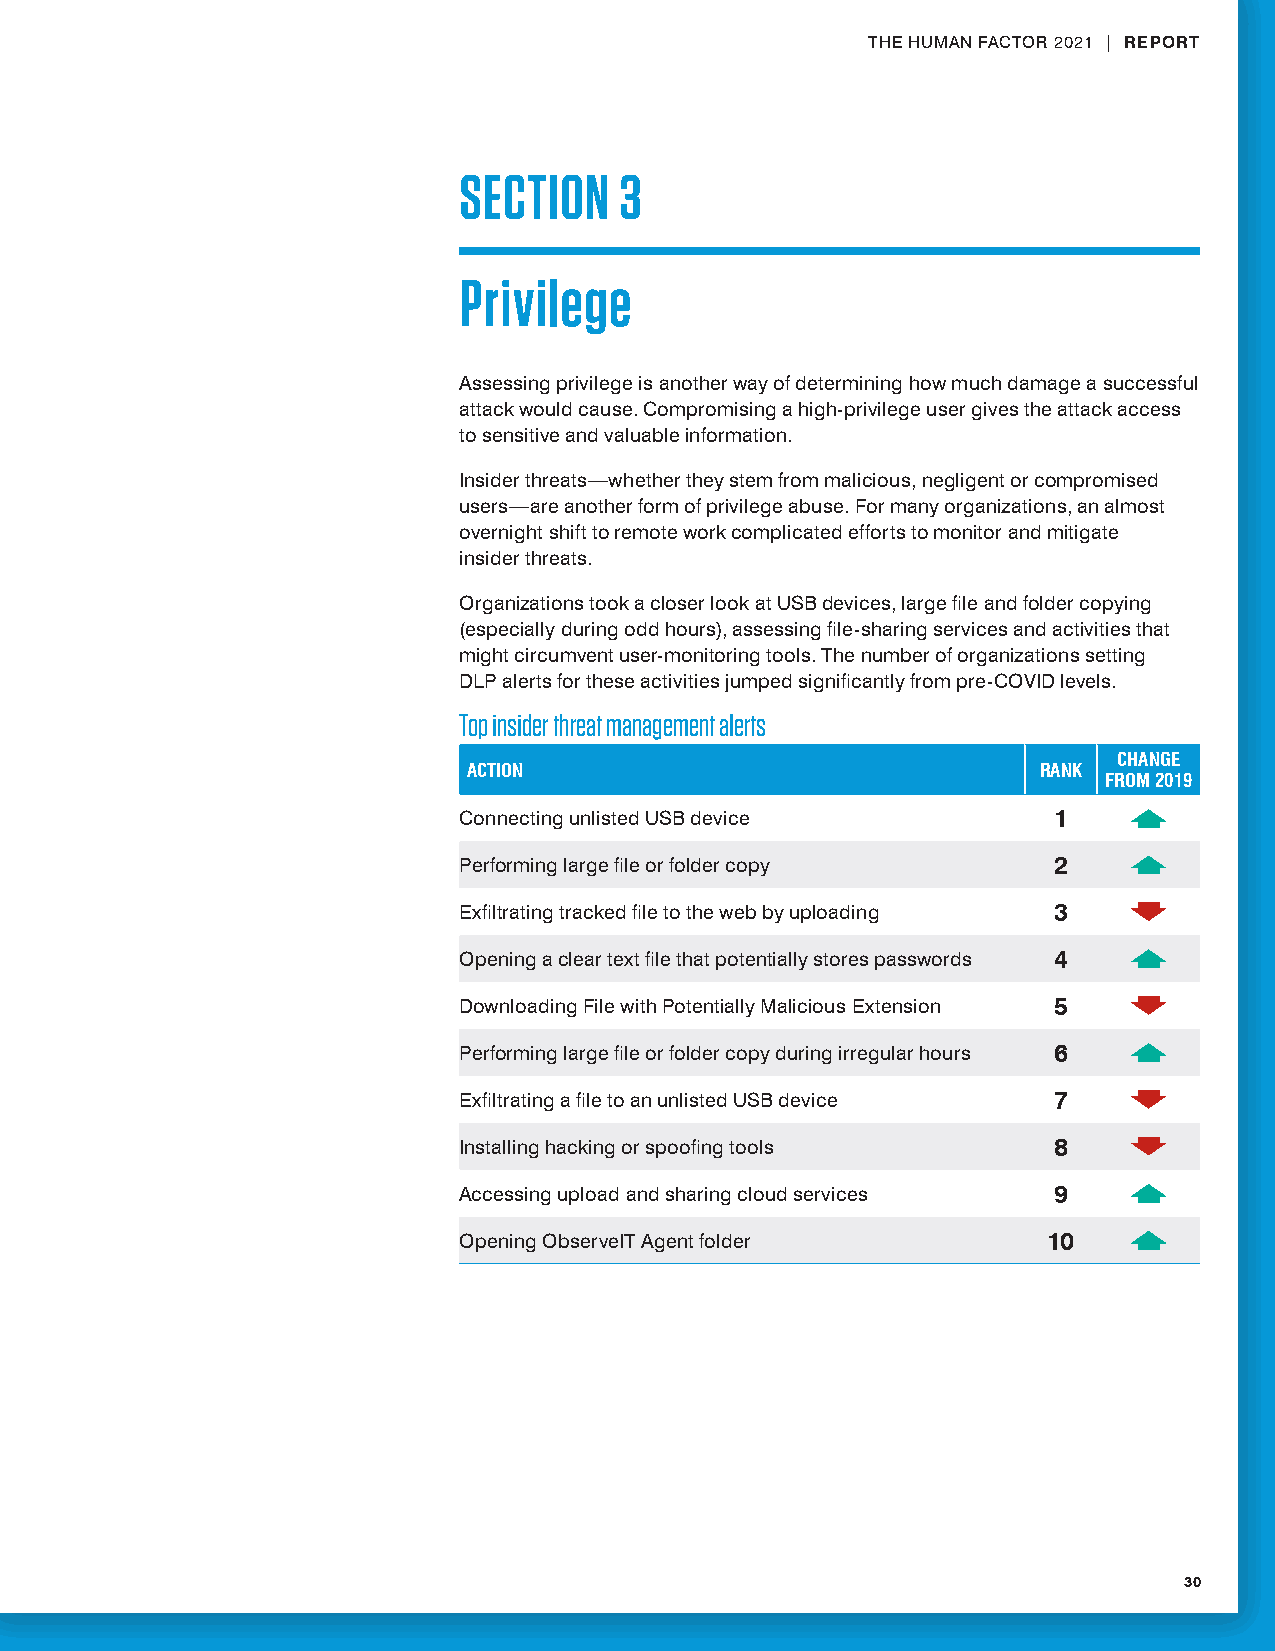
THE HUMAN FACTOR 2021 | REPORT
 SECTION    3
 Privilege
 Assessing privilege is another way of determining how much damage a successful
 attack would cause. Compromising a high-privilege user gives the attack access
 to sensitive and valuable information.
 Insider threats—whether they stem from malicious, negligent or compromised
 users—are another form of privilege abuse. For many organizations, an almost
 overnight shift to remote work complicated efforts to monitor and mitigate
 insider threats.
 Organizations took a closer look at USB devices, large file and folder copying
 (especially during odd hours), assessing file-sharing services and activities that
 might circumvent user-monitoring tools. The number of organizations setting
 DLP alerts for these activities jumped significantly from pre-COVID levels.
 Top insider threat management alerts
 CHANGE
 ACTION                                RANK
 FROM 2019
 Connecting unlisted USB device          1
 Performing large file or folder copy    2
 Exfiltrating tracked file to the web by uploading 3
 Opening a clear text file that potentially stores passwords 4
 Downloading File with Potentially Malicious Extension 5
 Performing large file or folder copy during irregular hours 6
 Exfiltrating a file to an unlisted USB device 7
 Installing hacking or spoofing tools    8
 Accessing upload and sharing cloud services 9
 Opening ObserveIT Agent folder         10
 30